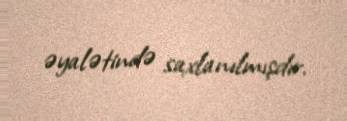
əyalətində saxlanılmışdır.